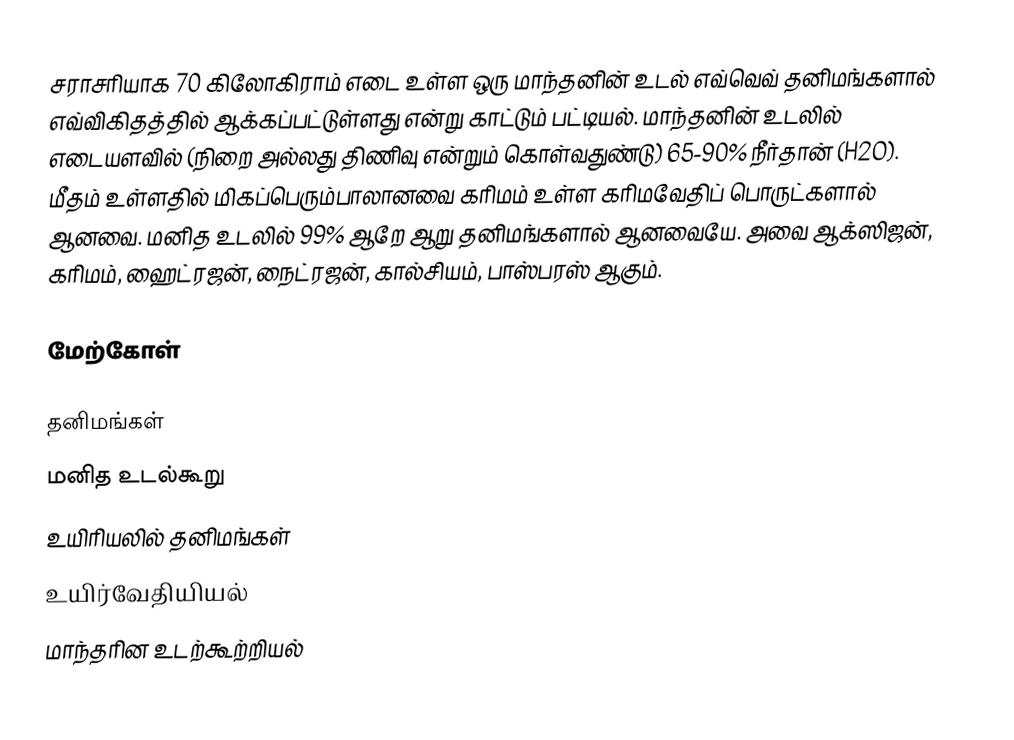
சராசரியாக 70 கிலோகிராம் எடை உள்ள ஒரு மாந்தனின் உடல் எவ்வெவ் தனிமங்களால் எவ்விகிதத்தில் ஆக்கப்பட்டுள்ளது என்று காட்டும் பட்டியல். மாந்தனின் உடலில் எடையளவில் (நிறை அல்லது திணிவு என்றும் கொள்வதுண்டு) 65-90% நீர்தான் (H2O). மீதம் உள்ளதில் மிகப்பெரும்பாலானவை கரிமம் உள்ள கரிமவேதிப் பொருட்களால் ஆனவை. மனித உடலில் 99% ஆறே ஆறு தனிமங்களால் ஆனவையே. அவை ஆக்ஸிஜன், கரிமம், ஹைட்ரஜன், நைட்ரஜன், கால்சியம், பாஸ்பரஸ் ஆகும்.

மேற்கோள்

தனிமங்கள்
மனித உடல்கூறு
உயிரியலில் தனிமங்கள்
உயிர்வேதியியல்
மாந்தரின உடற்கூற்றியல்